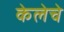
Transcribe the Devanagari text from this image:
केलेचे